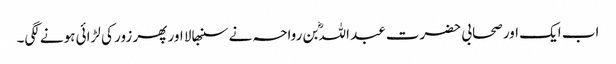
اب ایک اور صحابی حضرت عبد اللہؓ بن رواحہ نے سنبھالا اور پھر زور کی لڑائی ہونے لگی۔